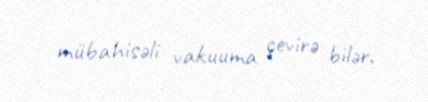
mübahisəli vakuuma çevirə bilər.